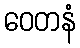
ဝေတနံ